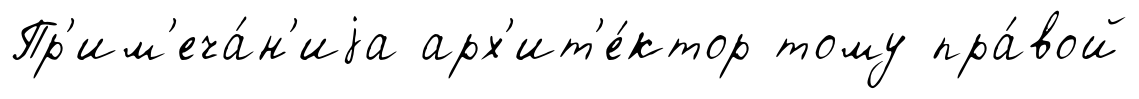
Пр'им'еча́н'иjа арх'ит'е́ктор тому пра́вой